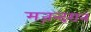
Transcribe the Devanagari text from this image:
मज़न्दरान